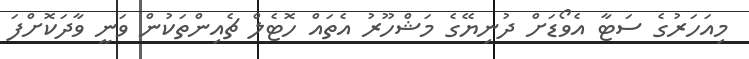
މިއަހަރުގެ ސަޓާ އެވޯޑަށް ދުނިޔޭގެ މަޝްހޫރު އެތައް ހޮޓެލް ޗެއިންތަކުން ވަނީ ވާދަކޮށްފަ